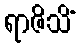
ရာဇိသိံ